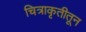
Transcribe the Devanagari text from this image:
चित्राकृतीतून